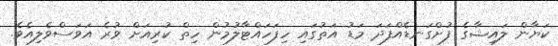
ކަޔާން ލައިޝާގެ ފުށްގަނޑެއްފަދަ މަޑު އަތުގައި ހިފަހައްޓާލުމުން ހިތް ކުރިއަށް ވުރެ އަވަސްވެލިއެވެ.